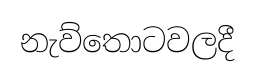
නැව්තොටවලදී